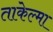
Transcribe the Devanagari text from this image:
ताकेल्मा